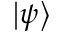
\left| \psi \right\rangle